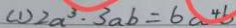
( 1 ) 2 a ^ { 3 } \cdot 3 a b = 6 a ^ { 4 } b